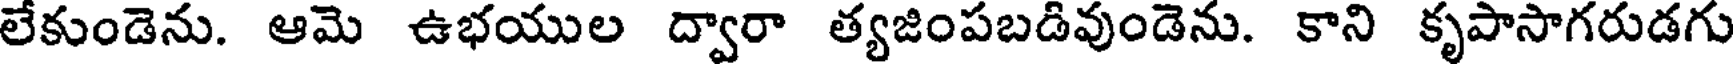
లేకుండెను. ఆమె ఉభయుల ద్వారా త్యజింపబడివుండెను. కాని కృపాసాగరుడగు